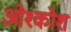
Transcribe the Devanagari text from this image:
ओश्कोश